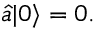
{ \hat { a } } | 0 \rangle = 0 .